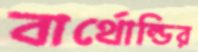
বার্থোল্ডির